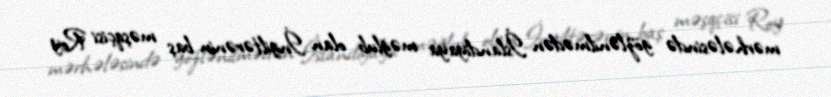
mərhələsində gözlənilmədən İslandiyaya məğlub olan İngiltərənin baş məşqçisi Roy